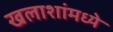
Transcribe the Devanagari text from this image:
खलाशांमध्ये